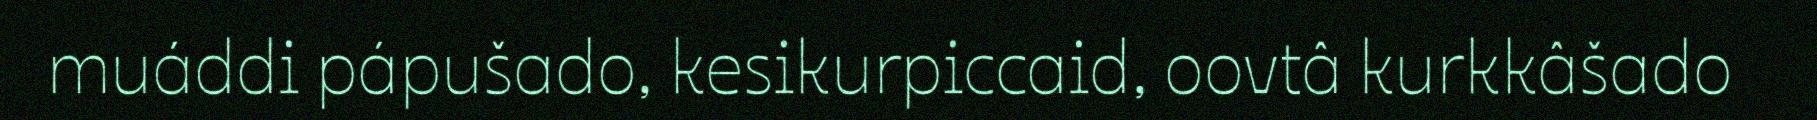
muáddi pápušado, kesikurpiccaid, oovtâ kurkkâšado